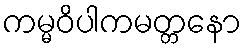
ကမ္မဝိပါကမတ္တနော